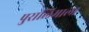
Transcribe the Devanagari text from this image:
पुरालिमाला